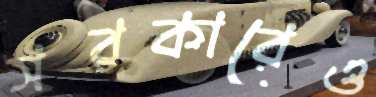
সরকারেও